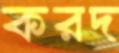
করদ